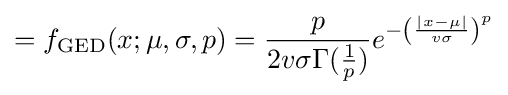
=f_{\text{GED}}(x;\mu ,\sigma ,p)={\frac {p}{2v\sigma \Gamma ({\frac {1}{p}})}}e^{-\left({\frac {|x-\mu |}{v\sigma }}\right)^{p}}